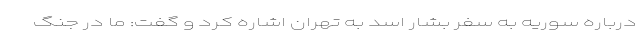
درباره سوریه به سفر بشار اسد به تهران اشاره کرد و گفت: ما در جنگ